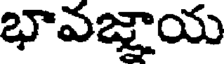
భావజ్ఞాయ